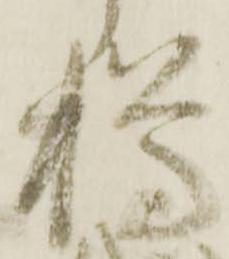
樽